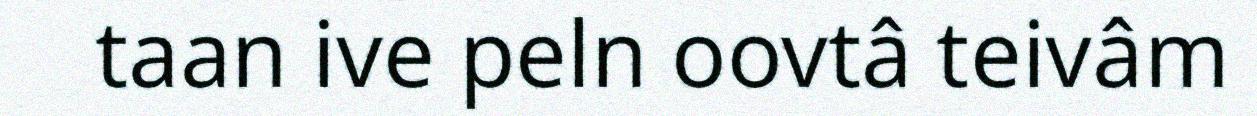
taan ive peln oovtâ teivâm